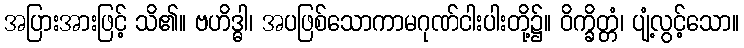
အပြားအားဖြင့် သိ၏။ ဗဟိဒ္ဓါ၊ အပဖြစ်သောကာမဂုဏ်ငါးပါးတို့၌။ ဝိက္ခိတ္တံ၊ ပျံ့လွင့်သော။